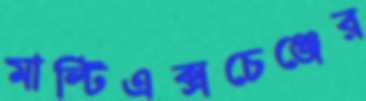
মাল্টিএক্সচেঞ্জের